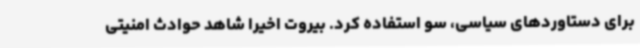
برای دستاوردهای سیاسی، سو استفاده کرد. بیروت اخیرا شاهد حوادث امنیتی